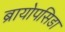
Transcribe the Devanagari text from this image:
ब्रायोपसिडा